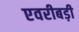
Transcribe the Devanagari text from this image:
एवरीबड़ी